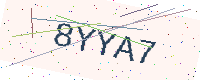
Text: 8YYA7